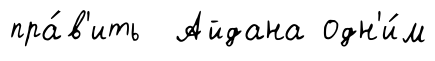
пра́в'ить Айдана одн'и́м